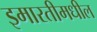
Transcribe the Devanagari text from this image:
इमारतीमधील